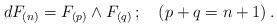
LaTeX: \begin{align*}dF_{(n)}= F_{(p)}\wedge F_{(q)}\, ; \ \ \ (p+q=n+1)\, .\end{align*}